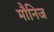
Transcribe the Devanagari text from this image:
मौनिज